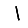
Digit: 1